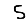
Digit: 5